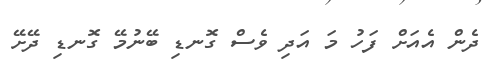
ދެން އެއަށް ފަހު މަ އަދި ވެސް ގޮނޑި ބޭނުމޭ ގޮނޑި ދޭށޭ